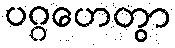
ပဂ္ဂဟေတွာ